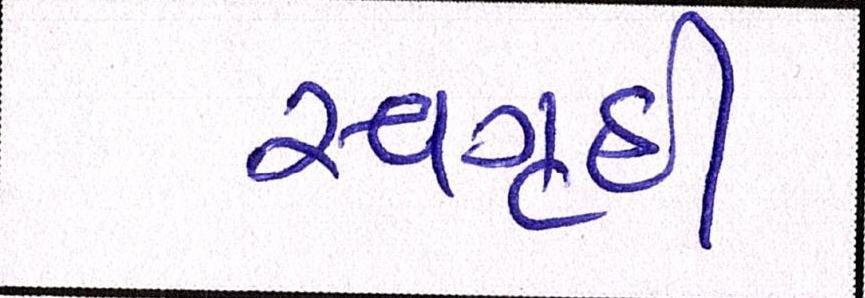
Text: સ્વગૃહી